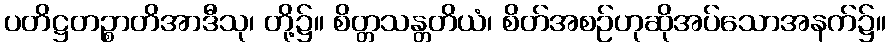
ပတိဋ္ဌတဉ္စာတိအာဒီသု၊ တို့၌။ စိတ္တသန္တတိယံ၊ စိတ်အစဉ်ဟုဆိုအပ်သောအနက်၌။